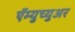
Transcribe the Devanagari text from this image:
ऍम्युच्युअर